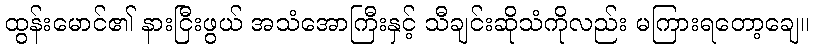
ထွန်းမောင်၏ နားငြီးဖွယ် အသံအောကြီးနှင့် သီချင်းဆိုသံကိုလည်း မကြားရတော့ချေ။